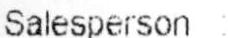
SALESPERSON :